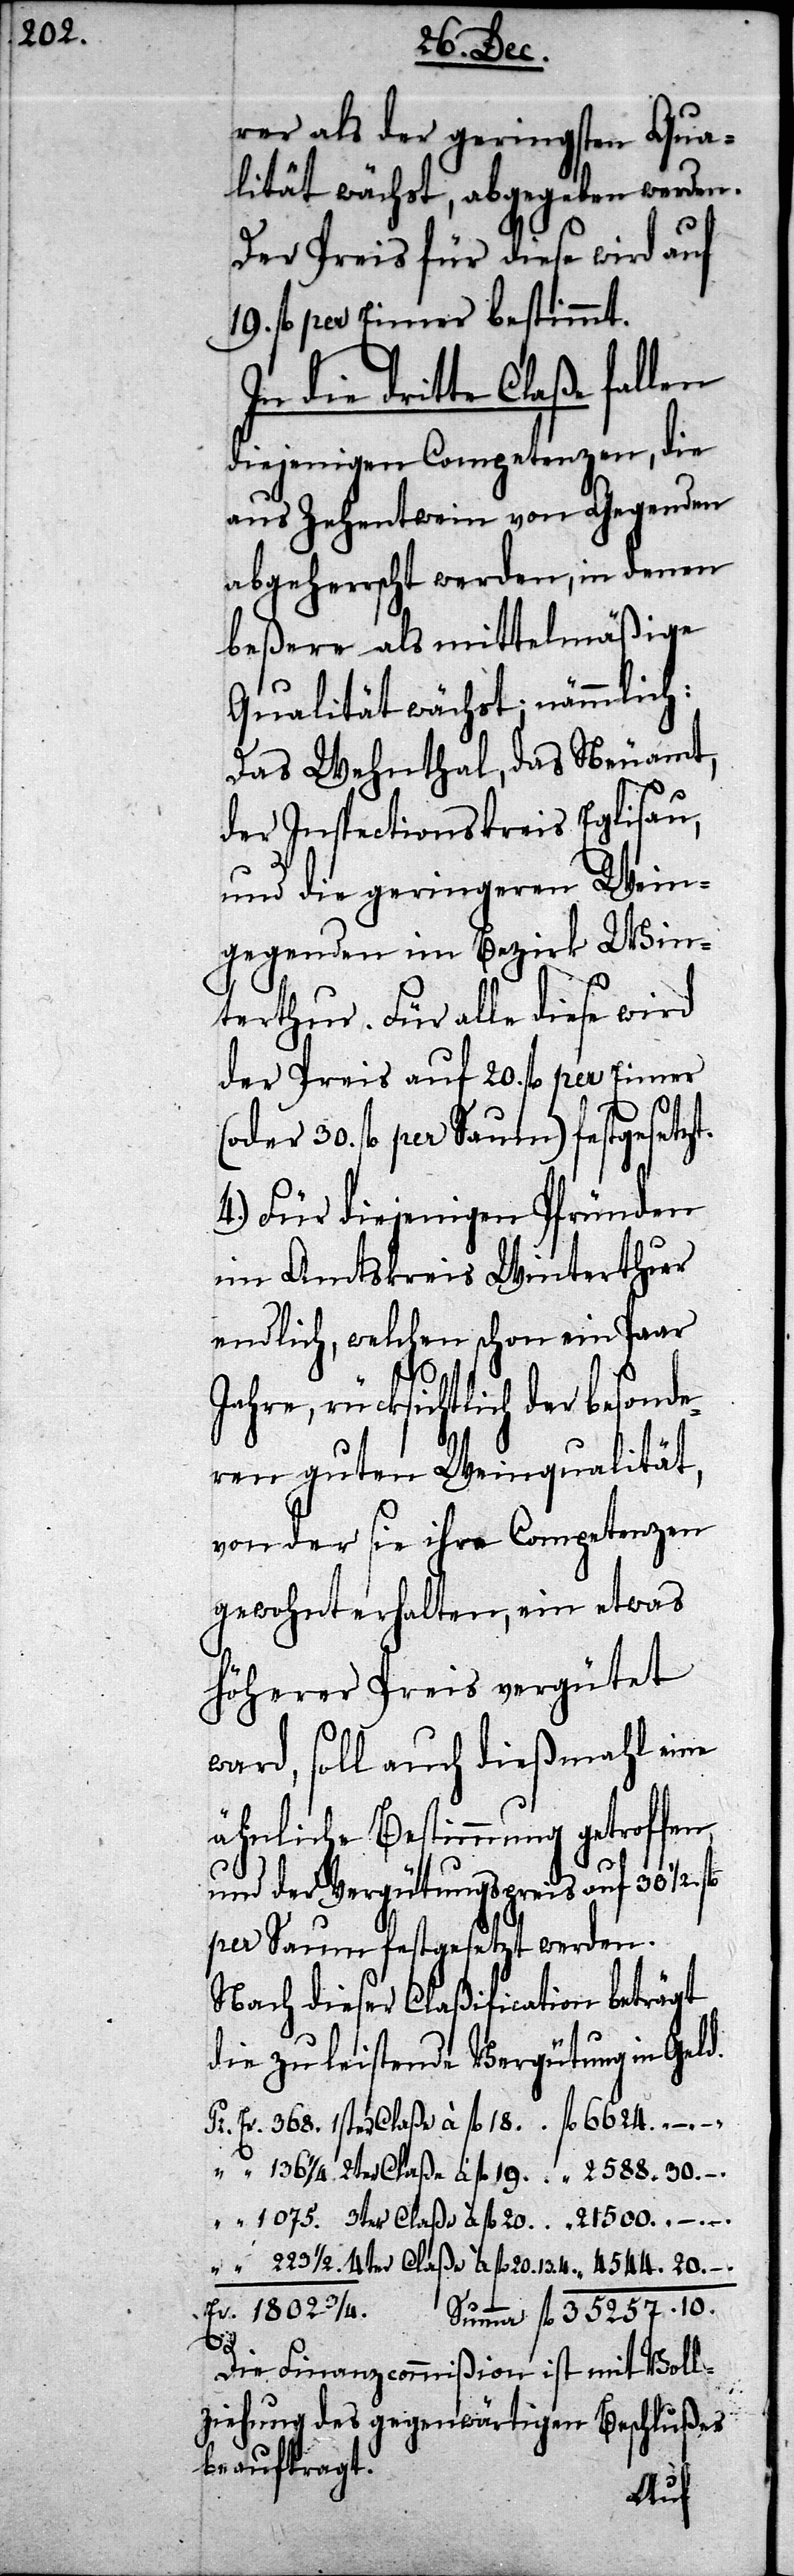
rer als der geringsten Qua¬
lität wächst, abgegeben werden.
Der Preis für diese wird auf
19. fl per Eimer bestimmt.
In die dritte Claße fallen
diejenigen Competenzen, die
aus Zehentwein von Gegenden
abgeherrscht werden, in denen
beßere als mittelmäßige
Qualität wächst; nämmlich:
Das Wehntal, das Neuamt,
der Inspectionskreis Eglisau,
und die geringeren Wein¬
gegenden im Bezirk Win¬
terthur. Für alle diese wird
der Preis auf 20. fl per Eimer
(oder 30. fl per Saum) festgesetzt.
4.) Für diejenigen Pfründen
im Amtskreis Winterthur
endlich, welchen schon ein Paar
Jahre, rücksichtlich der besond¬
eren guten Weinqualität,
von der sie ihre Competenzen
gewohnt erhalten, ein etwas
höherer Preis vergütet
ward, soll auch dießmahl eine
ähnliche Bestimmung getroffen
und der Vergütungspreis auf 30 ½.
per Saum festgesetzt werden.
Nach dieser Claßification beträgt
die zu leistende Vergütung in Geld.
Die Finanzcommißion ist mit Voll¬
ziehung des gegenwärtigen Beschlußes
beauftragt.